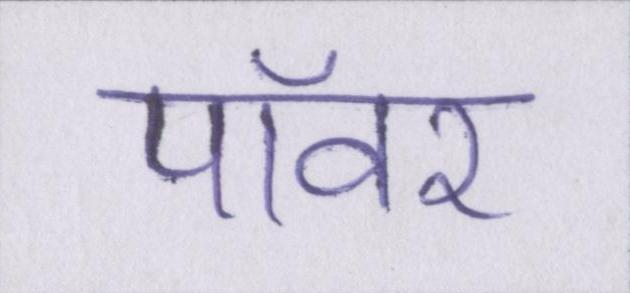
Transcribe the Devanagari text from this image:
पॉवर